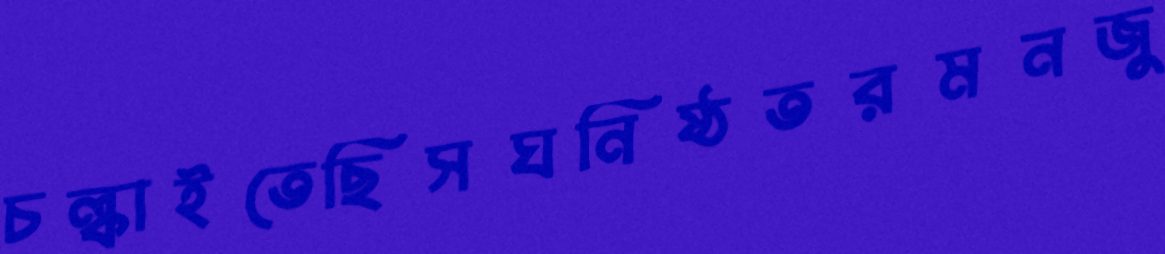
চল্‌কাইতেছিসঘনিষ্ঠতরমনজু